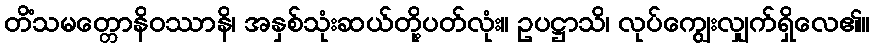
တိံသမတ္တောနိဝဿာနိ၊ အနှစ်သုံးဆယ်တို့ပတ်လုံး။ ဥပဋ္ဌာသိ၊ လုပ်ကျွေးလျှက်ရှိလေ၏။